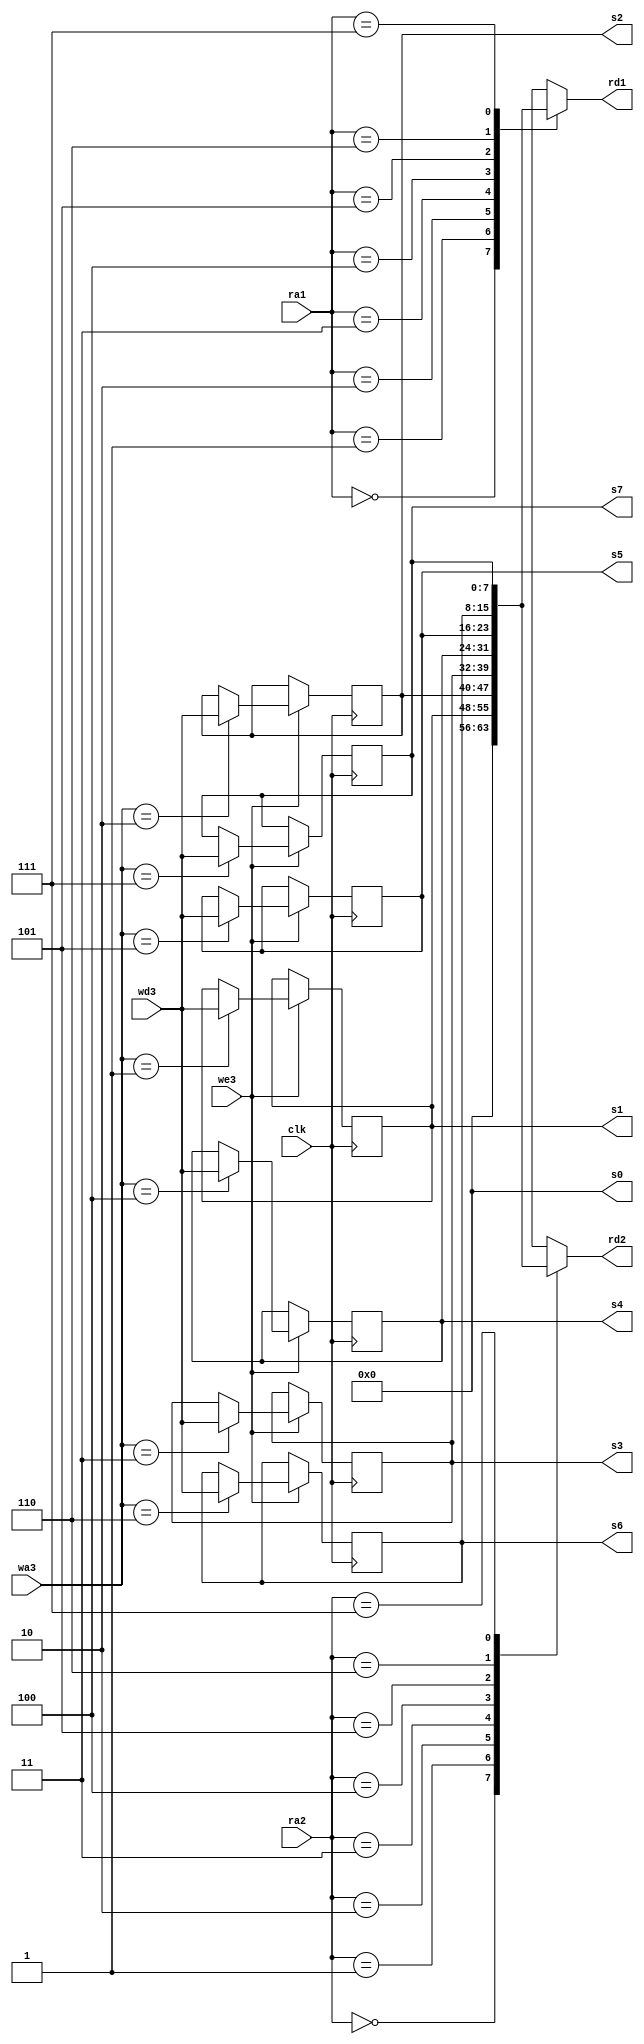
module RegisterFile(
 input [7:0] wd3,
 input clk, we3,
 input [2:0] wa3, ra1, ra2,
 output wire [7:0] s0,
 output reg [7:0] rd1, rd2, s1, s2, s3, s4, s5, s6, s7
);

assign s0 = 0;

always@(posedge clk) begin
 if(we3)
  case(wa3)
   3'b001:s1=wd3;
   3'b010:s2=wd3;
   3'b011:s3=wd3;
   3'b100:s4=wd3;
   3'b101:s5=wd3;
   3'b110:s6=wd3;
   3'b111:s7=wd3;
  endcase
end

always@(*) begin
 case(ra1)
  3'b000:rd1=s0;
  3'b001:rd1=s1;
  3'b010:rd1=s2;
  3'b011:rd1=s3;
  3'b100:rd1=s4;
  3'b101:rd1=s5;
  3'b110:rd1=s6;
  3'b111:rd1=s7;
 endcase
 case(ra2)
  3'b000:rd2=s0;
  3'b001:rd2=s1;
  3'b010:rd2=s2;
  3'b011:rd2=s3;
  3'b100:rd2=s4;
  3'b101:rd2=s5;
  3'b110:rd2=s6;
  3'b111:rd2=s7;
 endcase
end
endmodule